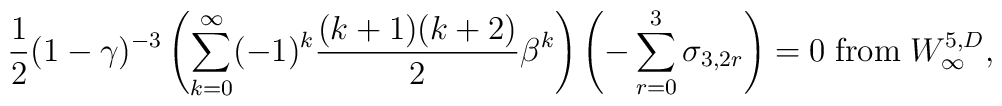
{1\over 2}(1-\gamma)^{-3}\left(\sum_{k=0}^{\infty}(-1)^{k}{(k+1)(k+2)\over 2}\beta^{k}\right)\left(-\sum_{r=0}^{3}\sigma_{3,2r}\right)=0 \;{\rm from} \; W_{\infty}^{5,D},